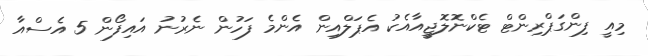
މިއީ ފިންގަޕްރިންޓް ޓެކްނޮލޮޖީއާއެކު އެޕަލްއިން އެންމެ ފަހުން ނެރުނު އައިފޯން 5 އެސްއާ